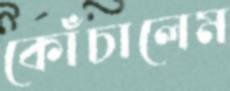
কোঁচালেম